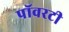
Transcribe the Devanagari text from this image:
पॉवरटी